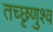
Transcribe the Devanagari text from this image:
तच्छृणुश्व